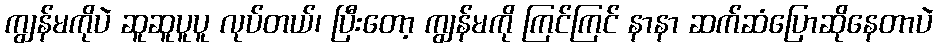
ကျွန်မကိုပဲ ဆူဆူပူပူ လုပ်တယ်၊ ပြီးတော့ ကျွန်မကို ကြင်ကြင် နာနာ ဆက်ဆံပြောဆိုနေတာပဲ